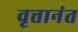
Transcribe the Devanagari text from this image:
वृत्तानंत